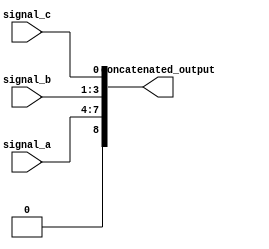
module concatenation_example (
    input wire [3:0] signal_a,       // 4-bit input signal A
    input wire [2:0] signal_b,       // 3-bit input signal B
    input wire        signal_c,       // 1-bit input signal C
    output wire [8:0] concatenated_output // 9-bit concatenated output
);

// Continuous assignment using concatenation
assign concatenated_output = {signal_a, signal_b, signal_c};

endmodule